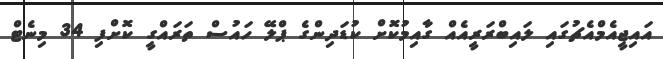
އައިޖީއެމްއެޗުގައި ލައިބްރަރީއެއް ގާއިމުކޮށް ކުޑަދިންގެ ޕްލޭ ހައުސް ތަރައްގީ ކޮށްފި 34 މިނެޓް